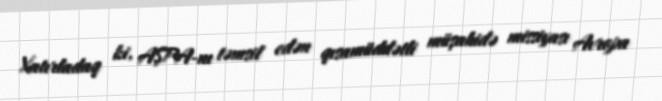
Xatırladaq ki, AŞPA-nı təmsil edən qısamüddətli müşahidə missiyası Avropa